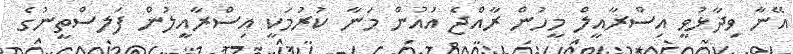
އޭނާ ވިދާޅުވީ އިސްރާއީލް މީހުން ރާއްޖެ އަުއުން މަނާ ކުރުމަކީ އިސްރާއީލުން ފަލސްތީނުގެ